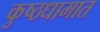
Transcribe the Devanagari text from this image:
कुष्ठधामात